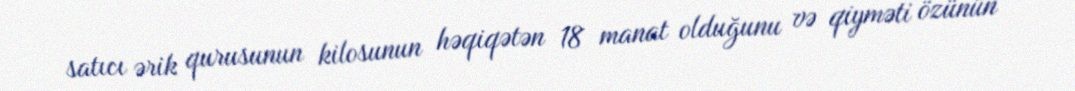
satıcı ərik qurusunun kilosunun həqiqətən 18 manat olduğunu və qiyməti özünün